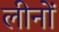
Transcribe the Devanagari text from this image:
लीनों